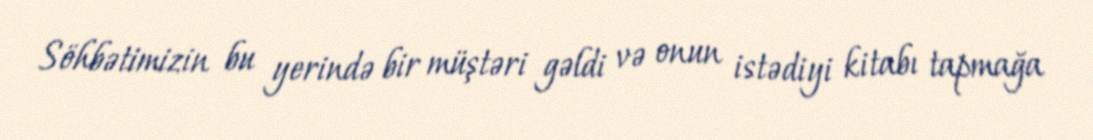
Söhbətimizin bu yerində bir müştəri gəldi və onun istədiyi kitabı tapmağa